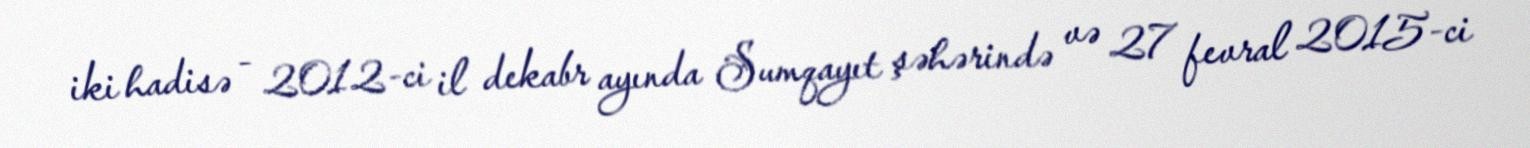
iki hadisə - 2012-ci il dekabr ayında Sumqayıt şəhərində və 27 fevral 2015-ci